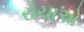
રોચાએ